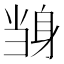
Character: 𲄝